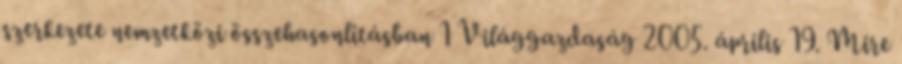
szerkezete nemzetközi összehasonlításban 1 Világgazdaság 2005. április 19. Mire